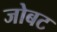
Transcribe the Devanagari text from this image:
जोबट